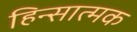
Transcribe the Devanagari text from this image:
हिन्सात्मक